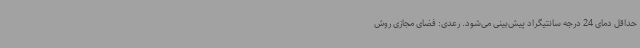
حداقل دمای 24 درجه سانتیگراد پیش‌بینی می‌شود. رعدی: فضای مجازی روش